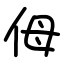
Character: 㑄